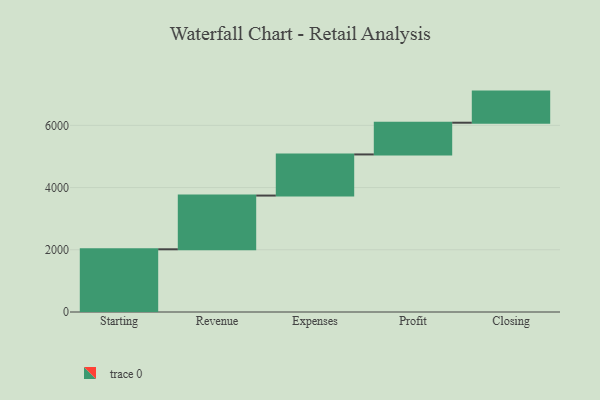
{"axis": {"x": "Step", "y": "Value"}, "legend": [""], "data": [{"x": "Starting", "y": 2016.0, "type": ""}, {"x": "Revenue", "y": 1727.0, "type": ""}, {"x": "Expenses", "y": 1322.0, "type": ""}, {"x": "Profit", "y": 1020.0, "type": ""}, {"x": "Closing", "y": 1000, "type": ""}]}